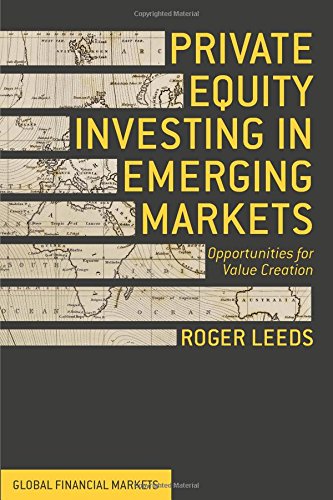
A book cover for Private Equity Investing in Emerging Markets: Opportunities for Value Creation (Global Financial Markets); Roger Leeds; Business & Money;